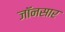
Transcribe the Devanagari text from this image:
जॉनसार